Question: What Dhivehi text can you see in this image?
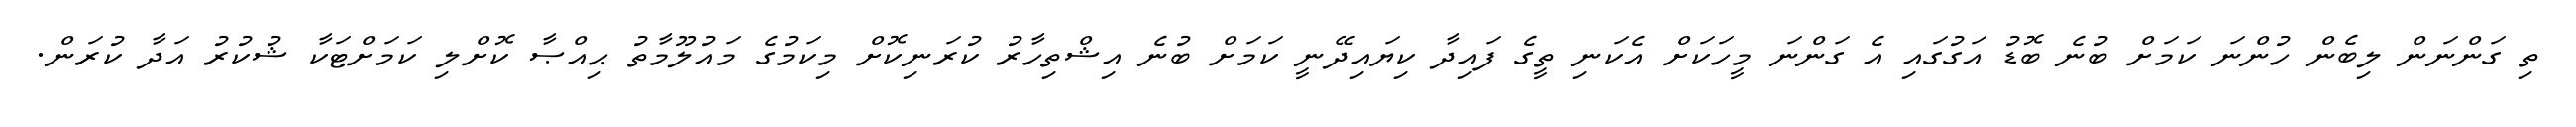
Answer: ތި ގަންނަން ލިބެން ހުންނަ ކަމަށް ބުނެ ބޮޑު އަގުގައި އެ ގަންނަ މީހަކަށް އެކަނި ތީގެ ފައިދާ ކިޔައިދޭނީ ކަމަށް ބުނެ އިޝްތިހާރު ކުރަނިކޮށް މިކަމުގެ މައުލޫމާތު ޙިއްޞާ ކޮށްލި ކަމަށްޓަކާ ޝުކުރު އަދާ ކުރަން.